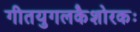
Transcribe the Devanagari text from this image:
गीतयुगलकैशोरकः